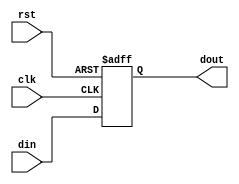
////////////////////////////////////////////////////////////////////////////////
// Company     : XnonymouX
//
// Description : D flip flop with asynchronous reset signal, active high.
//
// History     : Initial 	
//
////////////////////////////////////////////////////////////////////////////////

module dffa_rst
    (
    clk,
    rst,
    din,
    dout
    );

//------------------------------------------------------------------------------
//Parameters
parameter DW = 1'b1;
parameter RST_VL = {DW{1'b0}};
//------------------------------------------------------------------------------
// Port declarations
input               clk;
input               rst;
input [DW-1:0]	    din;
output [DW-1:0]	    dout;
//------------------------------------------------------------------------------
//internal signal
reg  [DW-1:0]	    dout;
//------------------------------------------------------------------------------
// FF
always @ (posedge clk or posedge rst)
    begin
    if(rst)
        dout <= RST_VL;
    else
        dout <= din;
    end

endmodule